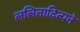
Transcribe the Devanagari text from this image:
ललितादित्यने